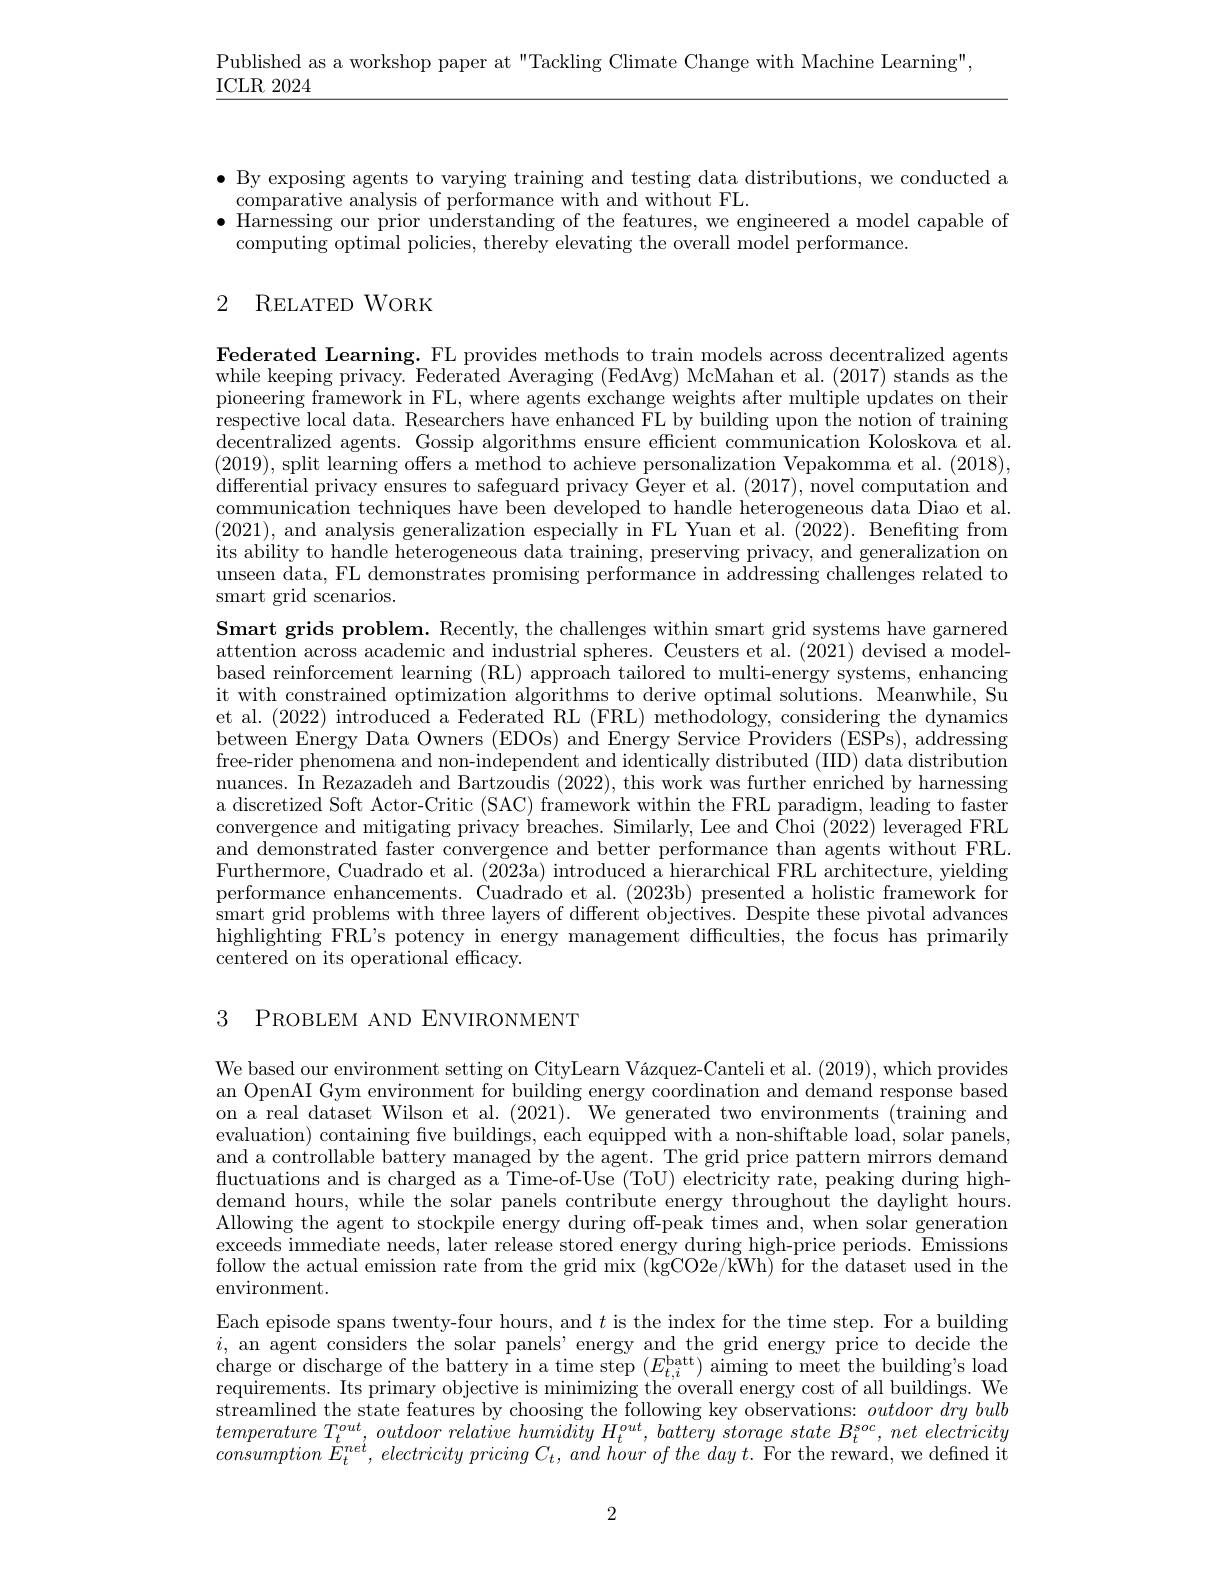
Published as a workshop paper at "Tackling Climate Change with Machine Learning",
ICLR 2024

$\bullet$ By exposing agents to varying training and testing data distributions, we conducted a
comparative analysis of performance with and without FL.
$\bullet$ Harnessing our prior understanding of the features, we engineered a model capable of
computing optimal policies, thereby elevating the overall model performance.

## 2 RELATED WORK

Federated Learning. FL provides methods to train models across decentralized agents while keeping privacy. Federated Averaging (FedAvg) McMahan et al. (2017) stands as the pioneering framework in FL, where agents exchange weights after multiple updates on their respective local data. Researchers have enhanced FL by building upon the notion of training decentralized agents. Gossip algorithms ensure efficient communication Koloskova et al. $(2019),\bar{\text{split learning offers a method to achieve personalization Vepakomma et al. }}(2018)$, differential privacy ensures to safeguard privacy $\hat{\text{Geyer et al. ( 2017) , \text{novel computation and}}}$ communication techniques have been developed to handle heterogeneous data Diao et al. (2021), and analysis generalization especially in FL Yuan et al. $\bar{(2022)}.$ Benefiting from its ability to handle heterogeneous data training, preserving privacy, and generalization on unseen $\bar{\text{data, FL demonstrates promising performance in addressing challenges related to}}$ smart grid scenarios.
Smart grids problem. Recently, the challenges within smart grid systems have garnered $\bar{\text{attention across academic and industrial spheres. Ceusters et al.(2021) devised a model-}}$ based reinforcement learning (RL) approach tailored to multi-energy systems, enhancing it with constrained optimization algorithms to derive optimal solutions. Meanwhile, Su et al. (2022) introduced a Federated RL (FRL) methodology, considering the dynamics between Energy Data Owners (EDOs) and Energy Service Providers (ESPs), addressing free-rider phenomena and non-independent and identically distributed (IID) data distribution nuances. In Rezazadeh and Bartzoudis (2022), this work was further enriched by harnessing a discretized Soft Actor-Critic (SAC) framework within the FRL paradigm, leading to faster convergence and mitigating privacy breaches. Similarly, Lee and Choi (2022) leveraged FRL and demonstrated faster convergence and better performance than agents without FRL. Furthermore, Cuadrado et al. (2023a) introduced a hierarchical FRL architecture, yielding performance enhancements. Cuadrado et al. (2023b) presented a holistic framework for smart grid problems with three layers of different objectives. Despite these pivotal advances highlighting FRL's potency in energy management difficulties, the focus has primarily centered on its operational efficacy.

3 PROBLEM AND ENVIRONMENT

We based our environment setting on CityLearn Vázquez-Canteli et al. (2019), which provides an OpenAI Gym environment for building energy coordination and demand response based on a real dataset Wilson et al. (2021). We generated two environments (training and evaluation) containing five buildings, each equipped with a non-shiftable load, solar panels, and a controllable battery managed by the agent. The grid price pattern mirrors demand fluctuations and is charged as a Time-of-Use (ToU) electricity rate, peaking during highdemand hours, while the solar panels contribute energy throughout the daylight hours. Allowing the agent to stockpile energy during off-peak times and, when solar generation exceeds immediate needs, later release stored energy during high-price periods. Emissions follow the actual emission rate from the grid mix (kgCO2e/kWh) for the dataset used in the environment.
Each episode spans twenty-four hours, and $t$ is the index for the time step. For a building $i$, an agent considers the solar panels'energy and the grid energy price to decide the charge or discharge of the battery in a time step $(E_{t,i}^{\mathrm{batt}})$ aiming to meet the building's loadremements Its primary objective is minimizing the overall energy cost of all buildings. We streamlined the state features by choosing the following key observations: $outdoor\textit{ dry bulb}$ $\begin{array}{l}{temperature~T_{t}^{out},~outdoor~relative~humidity~H_{t}^{out},~battery~storage~state~B_{t}^{soc},~net~electricity}\\{consumption~E_{t}^{net},~electricity~pricing~C_{t},~and~hour~of~the~day~t.~\mathrm{For~the~reward,~we~defined~it}}\end{array}$

2